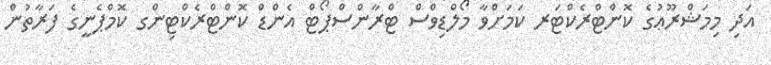
އަދި މިމަޝްރޫޢުގެ ކޮންޓްރެކްޓަރ ކަމަށްވާ މޯލްޑިވްސް ޓްރާންސްޕޯޓް އެންޑް ކޮންޓްރެކްޓިންގ ކޮމްޕެނީގެ ފަރާތުން